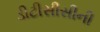
ડીટીસીસીની